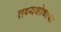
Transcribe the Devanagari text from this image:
तथ्यशोधाचा